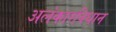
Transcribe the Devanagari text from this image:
अलंकारविधान